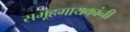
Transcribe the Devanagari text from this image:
समूहगायकांनी